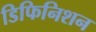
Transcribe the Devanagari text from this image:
डिफिनिशन